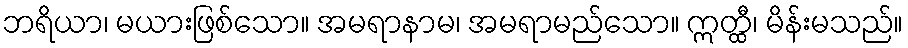
ဘရိယာ၊ မယားဖြစ်သော။ အမရာနာမ၊ အမရာမည်သော။ ဣတ္ထီ၊ မိန်းမသည်။